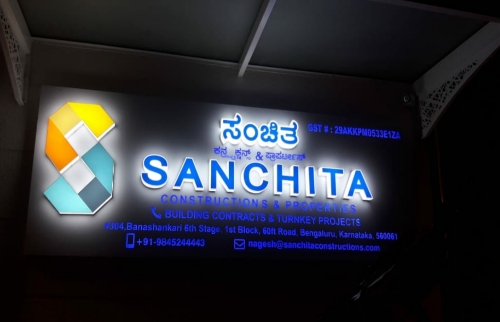
Language: kannada
Transcription: ಸಂಚಿತ